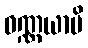
ဝဏ္ဏယာမိ